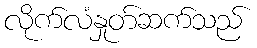
လိုက်လံနှုတ်ဆက်သည်